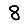
Digit: 8